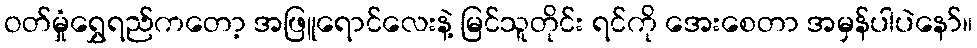
ဝတ်မှုံရွှေရည်ကတော့ အဖြူရောင်လေးနဲ့ မြင်သူတိုင်း ရင်ကို အေးစေတာ အမှန်ပါပဲနော်။